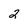
Character: 2